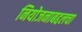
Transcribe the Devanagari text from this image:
नियोजनाबद्दलचा